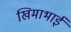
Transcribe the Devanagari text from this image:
खिमाभाई